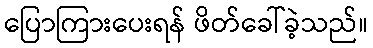
ပြောကြားပေးရန် ဖိတ်ခေါ်ခဲ့သည်။